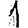
Digit: 1